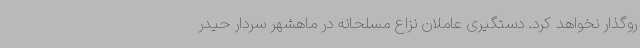
روگذار نخواهد کرد. دستگیری عاملان نزاع مسلحانه در ماهشهر سردار حیدر